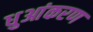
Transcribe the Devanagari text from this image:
धुआंकरण